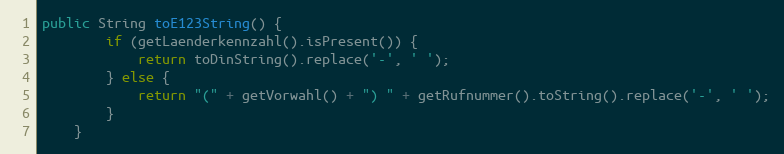
Language: Java
public String toE123String() {
        if (getLaenderkennzahl().isPresent()) {
            return toDinString().replace('-', ' ');
        } else {
            return "(" + getVorwahl() + ") " + getRufnummer().toString().replace('-', ' ');
        }
    }